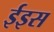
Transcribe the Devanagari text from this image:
ईइस